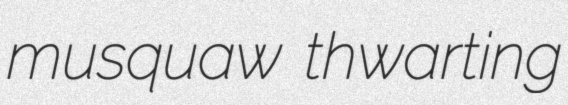
musquaw thwarting